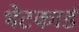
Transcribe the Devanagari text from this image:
भेटकार्ड